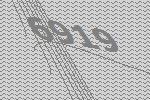
6919